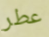
عطر